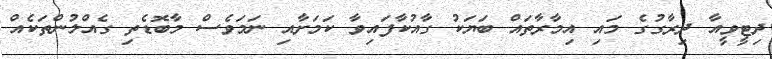
ދިޓީވީއާ ދިރާގުގެ މައި އިމާރާތައް ބަޔަކު ގާއުކާފައިވާ ކަމަށާއި ނަމަވެސް މާބޮޑެތި ގެއްލުންތަކެއް